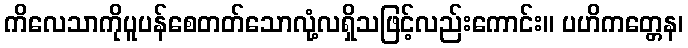
ကိလေသာကိုပူပန်စေတတ်သောလုံ့လရှိသဖြင့်လည်းကောင်း။ ပဟိကတ္တေန၊